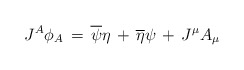
\begin{align*}J^A \phi_A \,=\, \overline\psi \eta \,+ \,\overline \eta \psi\,+\, J^\mu A_\mu\end{align*}